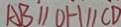
A B / / O H / / C D